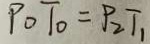
P _ { 0 } T _ { 0 } = P _ { 2 } T _ { 1 }